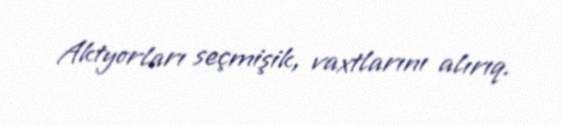
Aktyorları seçmişik, vaxtlarını alırıq.